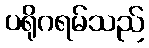
ပရိုဂရမ်သည်